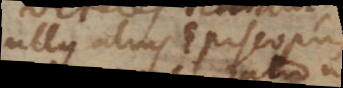
ullus alius Episcopus